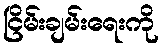
ငြိမ်းချမ်းရေးကို